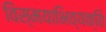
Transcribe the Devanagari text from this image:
विस्मयाभिव्यक्ति